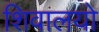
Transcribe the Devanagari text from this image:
शिवालयो